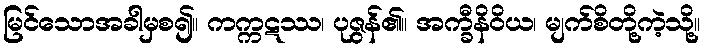
မြင်သောအခါမှစ၍။ ကက္ကဋဿ၊ ပုဇွန်၏။ အက္ခီနိဝိယ၊ မျက်စိတို့ကဲ့သို့။